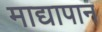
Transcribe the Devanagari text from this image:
माद्यापान